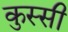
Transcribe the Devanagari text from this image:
कुस्सी